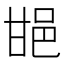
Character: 𨚠